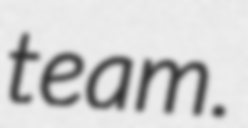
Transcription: team.